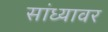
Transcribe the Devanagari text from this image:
सांध्यावर